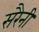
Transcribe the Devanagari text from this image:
सरैनी